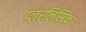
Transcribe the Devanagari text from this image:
प्लुरलिस्टिक